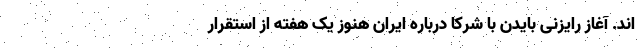
اند. آغاز رایزنی بایدن با شرکا درباره ایران هنوز یک هفته از استقرار